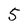
Character: 5